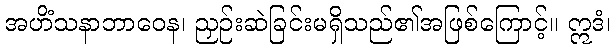
အဟိံသနာဘာဝေန၊ ညှဉ်းဆဲခြင်းမရှိသည်၏အဖြစ်ကြောင့်။ ဣဒံ၊